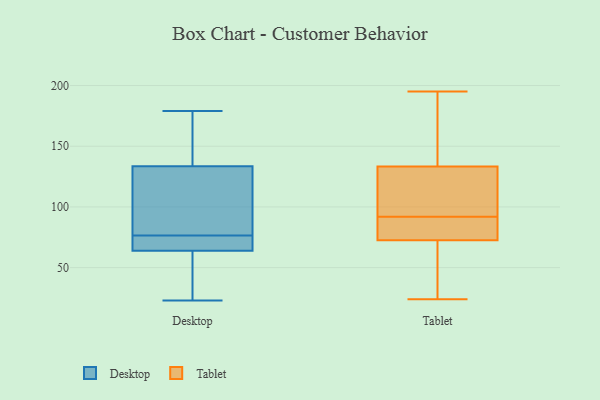
{"axis": {"x": "Shipments", "y": "Value"}, "legend": ["Desktop", "Tablet"], "data": [{"x": "", "y": 63, "type": "Desktop"}, {"x": "", "y": 179, "type": "Desktop"}, {"x": "", "y": 73, "type": "Desktop"}, {"x": "", "y": 23, "type": "Desktop"}, {"x": "", "y": 128, "type": "Desktop"}, {"x": "", "y": 41, "type": "Desktop"}, {"x": "", "y": 75, "type": "Desktop"}, {"x": "", "y": 165, "type": "Desktop"}, {"x": "", "y": 65, "type": "Desktop"}, {"x": "", "y": 139, "type": "Desktop"}, {"x": "", "y": 86, "type": "Desktop"}, {"x": "", "y": 78, "type": "Desktop"}, {"x": "", "y": 134, "type": "Tablet"}, {"x": "", "y": 86, "type": "Tablet"}, {"x": "", "y": 92, "type": "Tablet"}, {"x": "", "y": 131, "type": "Tablet"}, {"x": "", "y": 77, "type": "Tablet"}, {"x": "", "y": 95, "type": "Tablet"}, {"x": "", "y": 65, "type": "Tablet"}, {"x": "", "y": 138, "type": "Tablet"}, {"x": "", "y": 24, "type": "Tablet"}, {"x": "", "y": 30, "type": "Tablet"}, {"x": "", "y": 71, "type": "Tablet"}, {"x": "", "y": 181, "type": "Tablet"}, {"x": "", "y": 195, "type": "Tablet"}, {"x": "", "y": 92, "type": "Tablet"}, {"x": "", "y": 97, "type": "Tablet"}]}